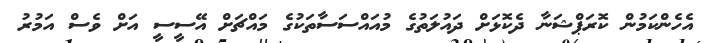
އެހެންކަމުން ކޮރަޕްޝަނާ ދެކޮޅަށް ދައުލަތުގެ މުއައްސަސާތަކުގެ މައްޗަށް އޭސީސީ އަށް ވެސް އަމުރު